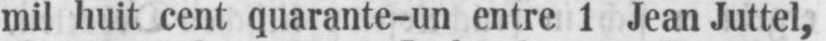
mil huit cent quarante-un entre 1 Jean Juttel,